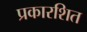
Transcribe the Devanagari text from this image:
प्रकारशित